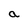
Character: a